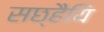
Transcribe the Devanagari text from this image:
सछ्हैयि